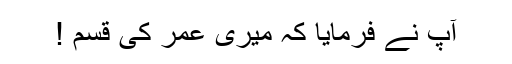
آپؐ نے فرمایا کہ میری عمر کی قسم !